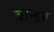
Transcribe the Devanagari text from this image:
बान्डर